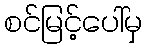
စင်မြင့်ပေါ်မှ